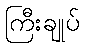
ကြီးချုပ်